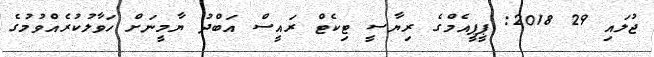
ޖުލައި 29 2018: ޕީޕީއެމްގެ ރިޔާސީ ޓިކެޓް ރައީސް އަބްދު ޔާމީނަށް ހަވާލުކުރެއްވުމުގެ